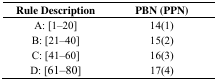
<table><thead><tr><td><b>Rule Description</b></td><td><b>PBN (PPN)</b></td></tr></thead><tbody><tr><td>A: [1–20]</td><td>14(1)</td></tr><tr><td>B: [21–40]</td><td>15(2)</td></tr><tr><td>C: [41–60]</td><td>16(3)</td></tr><tr><td>D: [61–80]</td><td>17(4)</td></tr></tbody></table>